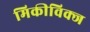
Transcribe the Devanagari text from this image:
मिकीविक्ज